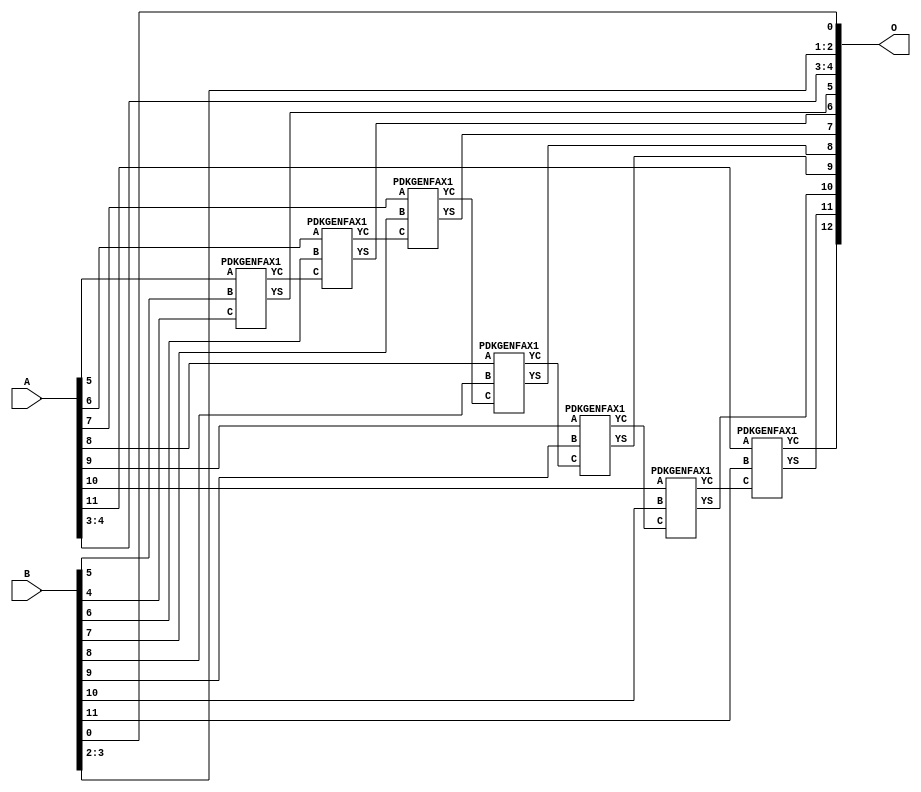
/***
* This code is a part of EvoApproxLib library (ehw.fit.vutbr.cz/approxlib) distributed under The MIT License.
* When used, please cite the following article(s): PRABAKARAN B. S., MRAZEK V., VASICEK Z., SEKANINA L., SHAFIQUE M. ApproxFPGAs: Embracing ASIC-based Approximate Arithmetic Components for FPGA-Based Systems. DAC 2020. 
***/
// MAE% = 0.098 %
// MAE = 8.0 
// WCE% = 0.20 %
// WCE = 16 
// WCRE% = 100.00 %
// EP% = 99.22 %
// MRE% = 0.27 %
// MSE = 76 
// FPGA_POWER = 0.36
// FPGA_DELAY = 8.3
// FPGA_LUT = 7.0

module add12u_0M8(A, B, O);
  input [11:0] A, B;
  output [12:0] O;
  wire n_415, n_414, n_257, n_36, n_42, n_37, n_234, n_314, n_315, n_23;
  wire n_22, n_21, n_20, n_27, n_26, n_25, n_24, n_248, n_29, n_28;
  wire n_348, n_249, n_381, n_380, n_280, n_281, n_214, n_349, n_39, n_38;
  wire n_256, n_8, n_9, n_4, n_5, n_6, n_7, n_0, n_1, n_2;
  wire n_3, n_30, n_31, n_32, n_33, n_34, n_35, n_18, n_19, n_16;
  wire n_17, n_14, n_15, n_12, n_13, n_10, n_11, n_45, n_44, n_43;
  wire n_47, n_215, n_46, n_41, n_40;
  assign n_0 = A[0];
  assign n_1 = A[0];
  assign n_2 = A[1];
  assign n_3 = A[1];
  assign n_4 = A[2];
  assign n_5 = A[2];
  assign n_6 = A[3];
  assign n_7 = A[3];
  assign n_8 = A[4];
  assign n_9 = A[4];
  assign n_10 = A[5];
  assign n_11 = A[5];
  assign n_12 = A[6];
  assign n_13 = A[6];
  assign n_14 = A[7];
  assign n_15 = A[7];
  assign n_16 = A[8];
  assign n_17 = A[8];
  assign n_18 = A[9];
  assign n_19 = A[9];
  assign n_20 = A[10];
  assign n_21 = A[10];
  assign n_22 = A[11];
  assign n_23 = A[11];
  assign n_24 = B[0];
  assign n_25 = B[0];
  assign n_26 = B[1];
  assign n_27 = B[1];
  assign n_28 = B[2];
  assign n_29 = B[2];
  assign n_30 = B[3];
  assign n_31 = B[3];
  assign n_32 = B[4];
  assign n_33 = B[4];
  assign n_34 = B[5];
  assign n_35 = B[5];
  assign n_36 = B[6];
  assign n_37 = B[6];
  assign n_38 = B[7];
  assign n_39 = B[7];
  assign n_40 = B[8];
  assign n_41 = B[8];
  assign n_42 = B[9];
  assign n_43 = B[9];
  assign n_44 = B[10];
  assign n_45 = B[10];
  assign n_46 = B[11];
  assign n_47 = B[11];
  PDKGENFAX1 tmp59(.YS(n_214), .YC(n_215), .A(n_10), .B(n_34), .C(n_32));
  assign n_234 = n_215;
  PDKGENFAX1 tmp61(.YS(n_248), .YC(n_249), .A(n_12), .B(n_36), .C(n_234));
  assign n_256 = n_249;
  assign n_257 = n_256;
  PDKGENFAX1 tmp64(.YS(n_280), .YC(n_281), .A(n_14), .B(n_38), .C(n_257));
  PDKGENFAX1 tmp65(.YS(n_314), .YC(n_315), .A(n_16), .B(n_40), .C(n_281));
  PDKGENFAX1 tmp66(.YS(n_348), .YC(n_349), .A(n_18), .B(n_42), .C(n_315));
  PDKGENFAX1 tmp67(.YS(n_380), .YC(n_381), .A(n_20), .B(n_44), .C(n_349));
  PDKGENFAX1 tmp68(.YS(n_414), .YC(n_415), .A(n_22), .B(n_46), .C(n_381));
  assign O[0] = n_24;
  assign O[1] = n_28;
  assign O[2] = n_30;
  assign O[3] = n_6;
  assign O[4] = n_8;
  assign O[5] = n_214;
  assign O[6] = n_248;
  assign O[7] = n_280;
  assign O[8] = n_314;
  assign O[9] = n_348;
  assign O[10] = n_380;
  assign O[11] = n_414;
  assign O[12] = n_415;
endmodule

/* mod */
module PDKGENFAX1( input A, input B, input C, output YS, output YC );
    assign YS = (A ^ B) ^ C;
    assign YC = (A & B) | (B & C) | (A & C);
endmodule